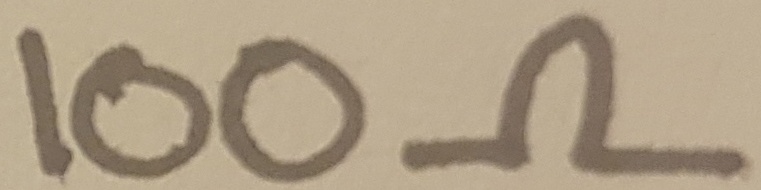
Text: 100Ω